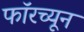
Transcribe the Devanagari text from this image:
फॉरच्यून